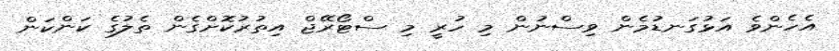
އެހެންވެ އަޅުގަނޑުމެން ވިސްނުން މި ހުރީ މި ސްޓޯރޭޖް އިތުރުކޮށްގެން ތެލުގެ ކަންކަން